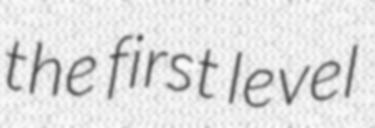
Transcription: the first level